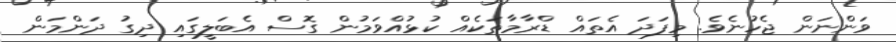
ވަންނަން ޖެހުނެވެ. މިފަދަ އެތައް ޑްރާމާތަކެއް ކުޅުއްވަމުން ގޮސް އެބަލީގައި ދިގު ދަންމަން